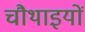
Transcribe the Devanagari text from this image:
चौथाइयों